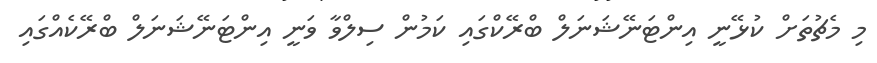
މި މެޗުތަށް ކުޅޭނީ އިންޓަނޭޝަނަލް ބްރޭކްގައި ކަމުން ސިލްވާ ވަނީ އިންޓަނޭޝަނަލް ބްރޭކެއްގައި